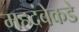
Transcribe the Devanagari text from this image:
महदंबेकडे